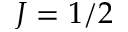
J = 1 / 2